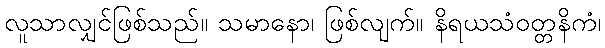
လူသာလျှင်ဖြစ်သည်။ သမာနော၊ ဖြစ်လျက်။ နိရယသံဝတ္တနိကံ၊